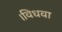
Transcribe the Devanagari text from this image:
।विधवा